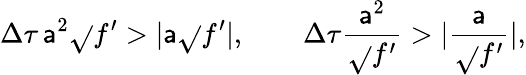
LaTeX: \Delta\tau\, \mathsf{a}^{2}\sqrt{}{{f^{\prime}}}>\vert\mathsf{a}\sqrt{}{{f^{\prime}}}\vert,\qquad\Delta\tau\frac{{\mathsf{a}^{2}}}{{\sqrt{}{{f^{\prime}}}}}>\vert\frac{\mathsf{a}}{{\sqrt{}{{f^{\prime}}}}}\vert,